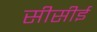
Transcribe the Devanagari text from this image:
सीसीई